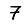
Digit: 7